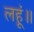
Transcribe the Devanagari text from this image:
लहूं॥